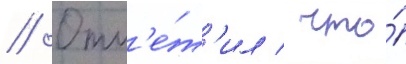
// Отм'е́т'ил / что́